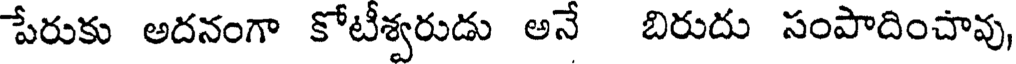
పేరుకు అదనంగా కోటీశ్వరుడు అనే బిరుదు సంపాదించావు,